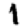
Digit: 1